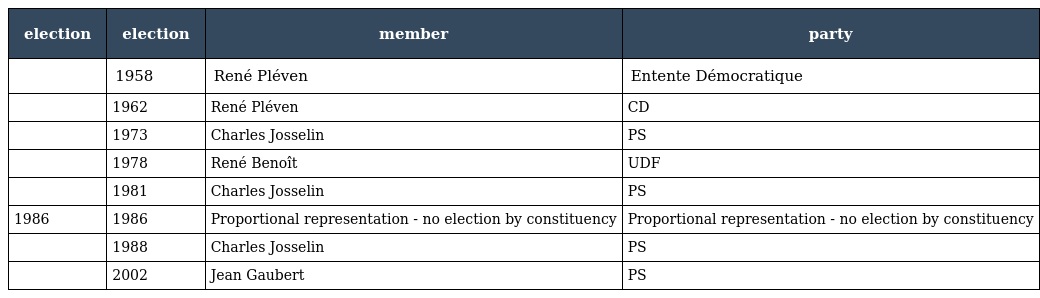
| election | election | member | party |
 | --- | --- | --- | --- |
 |  | 1958 | René Pléven | Entente Démocratique |
 |  | 1962 | René Pléven | CD |
 |  | 1973 | Charles Josselin | PS |
 |  | 1978 | René Benoît | UDF |
 |  | 1981 | Charles Josselin | PS |
 | 1986 | 1986 | Proportional representation - no election by constituency | Proportional representation - no election by constituency |
 |  | 1988 | Charles Josselin | PS |
 |  | 2002 | Jean Gaubert | PS |